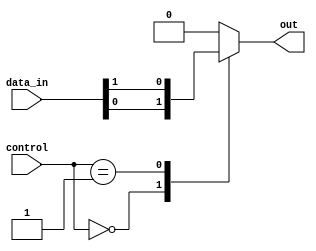
module multiplexer_128_to_1 (
    input [127:0] data_in,
    input [6:0] control,
    output reg out
);

always @(*) begin
    case(control)
        7'b0000000: out = data_in[0];
        7'b0000001: out = data_in[1];
        // Add cases for the remaining data input lines
        // up to 7'b1111111
        default: out = 0; // Default case to prevent synthesis errors
    endcase
end

endmodule